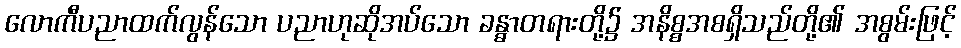
လောကီပညာထက်လွန်သော ပညာဟုဆိုအပ်သော ခန္ဓာတရားတို့၌ အနိစ္စအစရှိသည်တို့၏ အစွမ်းဖြင့်